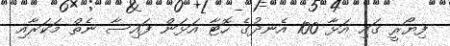
ފިޔޯރީ ގައި އަޅާ 100 އެނދުގެ ހޮޓާ އަޅަން ފައިސާ ނެތް މަކަރާއި